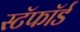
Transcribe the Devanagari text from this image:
स्टॅफॉर्ड